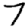
Digit: 7